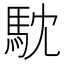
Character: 馾